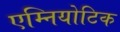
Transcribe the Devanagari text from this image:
एम्नियोटिक